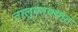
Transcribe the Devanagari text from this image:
तालुकाक्यात